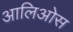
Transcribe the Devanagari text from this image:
आलिओस